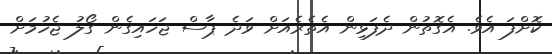
ކޮށްފަ އެވެ. އެގޮތުން ދެފަޅިން އެތެރެއަށް ވަދެ ޕާސް ޖަހައިގެން ގޯލު ޖެހުމަށް